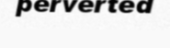
perverted